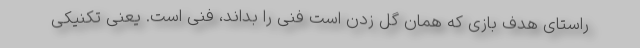
راستای هدف بازی که همان گل زدن است فنی را بداند، فنی است. یعنی تکنیکی